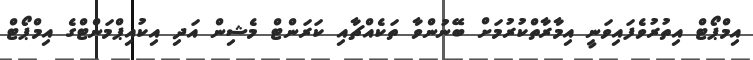
އިމްޕޯޓް އިތުރުވެފައިވަނީ އިމާރާތްކުރުމަށް ބޭނުންވާ ތަކެއްޗާއި ކަރަންޓް މެޝިން އަދި އިކުއިޕްމަންޓްގެ އިމްޕޯޓް